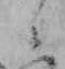
ニ